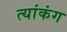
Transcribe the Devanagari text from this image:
त्यांकंग